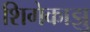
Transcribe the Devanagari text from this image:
शिगेकाझु